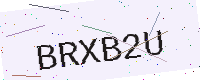
Text: BRXB2U